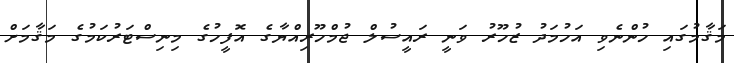
މަޤާމުގައި ހުންނެވި އަހުމަދު ޒުހޫރު ވަނީ ރައީސުލް ޖުމްހޫރިއްޔާގެ އޮފީހުގެ މިނިސްޓަރުކަމުގެ މަޤާމަށް